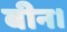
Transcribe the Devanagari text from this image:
बीन।